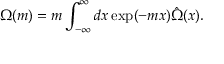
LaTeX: \Omega ( m ) = m \int _ { - \infty } ^ { \infty } d x \exp ( - m x ) \hat { \Omega } ( x ) .